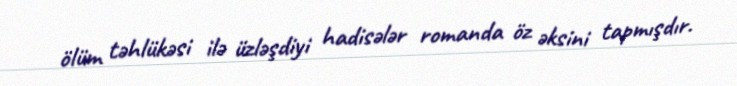
ölüm təhlükəsi ilə üzləşdiyi hadisələr romanda öz əksini tapmışdır.